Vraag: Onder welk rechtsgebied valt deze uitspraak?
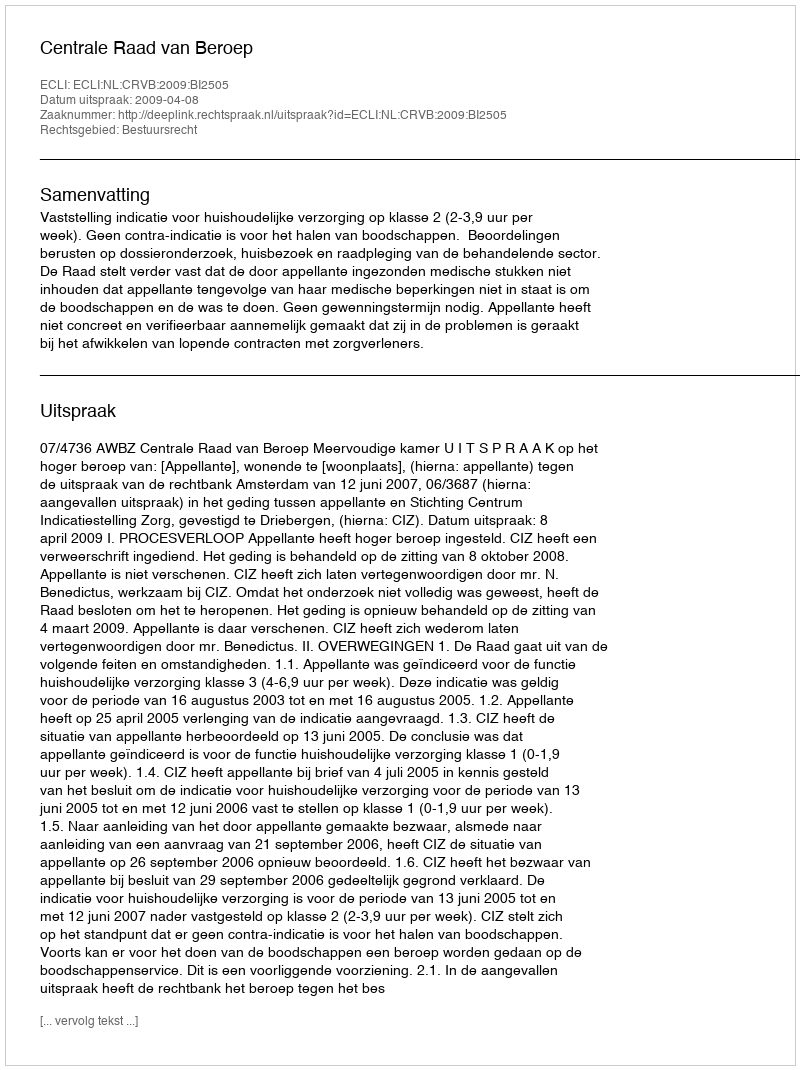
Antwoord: Bestuursrecht